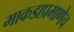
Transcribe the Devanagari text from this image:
माकडाप्रमाणेच